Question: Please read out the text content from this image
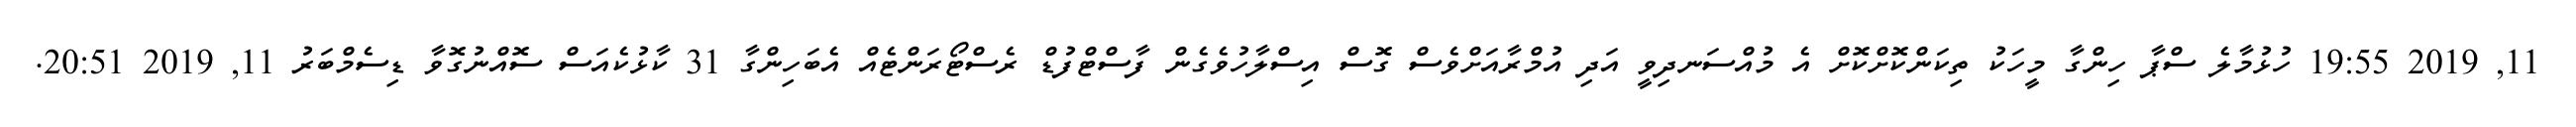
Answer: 11, 2019 19:55 ހުޅުމާލެ ސްޕާ ހިންގާ މީހަކު ތިކަންކޮށްކޮށް އެ މުއްސަނދިވީ އަދި އުމްރާއަށްވެސް ގޮސް އިސްލާހުވެގެން ފާސްޓްފުޑް ރެސްޓޯރަންޓެއް އެބަހިންގާ 31 ކާޅުކެއަސް ސޮއްނުގޮވާ ޑިސެމްބަރު 11, 2019 20:51.